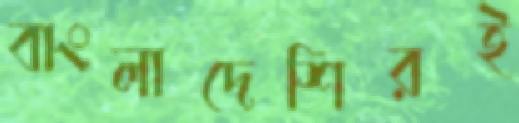
বাংলাদেশিরই